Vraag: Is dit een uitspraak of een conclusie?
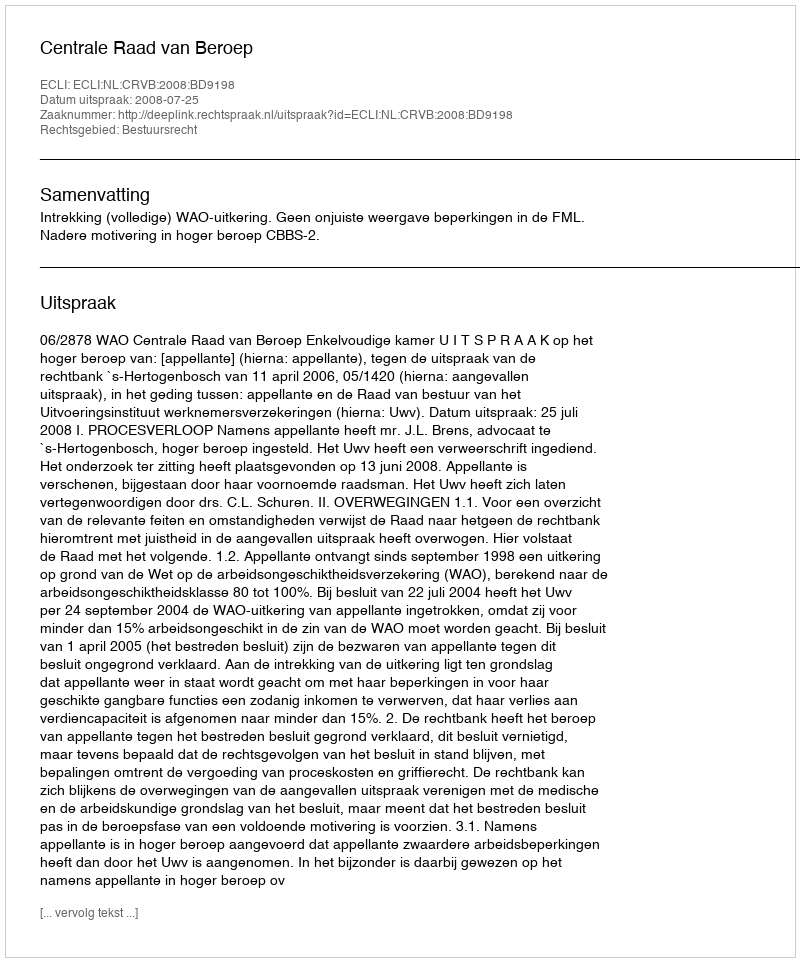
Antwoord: Uitspraak